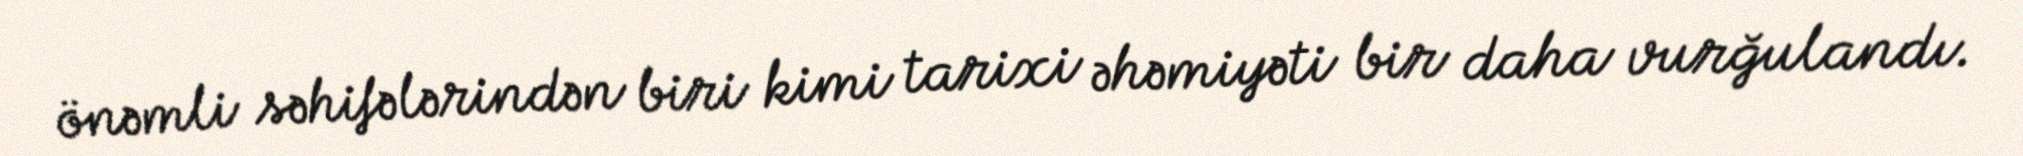
önəmli səhifələrindən biri kimi tarixi əhəmiyəti bir daha vurğulandı.